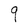
Character: q